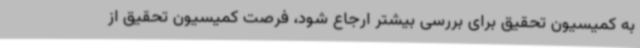
به کمیسیون تحقیق برای بررسی بیشتر ارجاع شود، فرصت کمیسیون تحقیق از